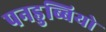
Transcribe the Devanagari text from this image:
पनडुब्बियो